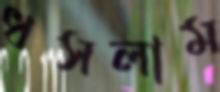
ধসলাম